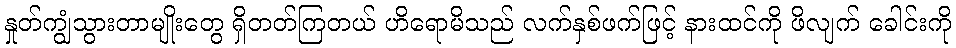
နှုတ်ကျွံသွားတာမျိုးတွေ ရှိတတ်ကြတယ် ဟိရောမိသည် လက်နှစ်ဖက်ဖြင့် နားထင်ကို ဖိလျက် ခေါင်းကို